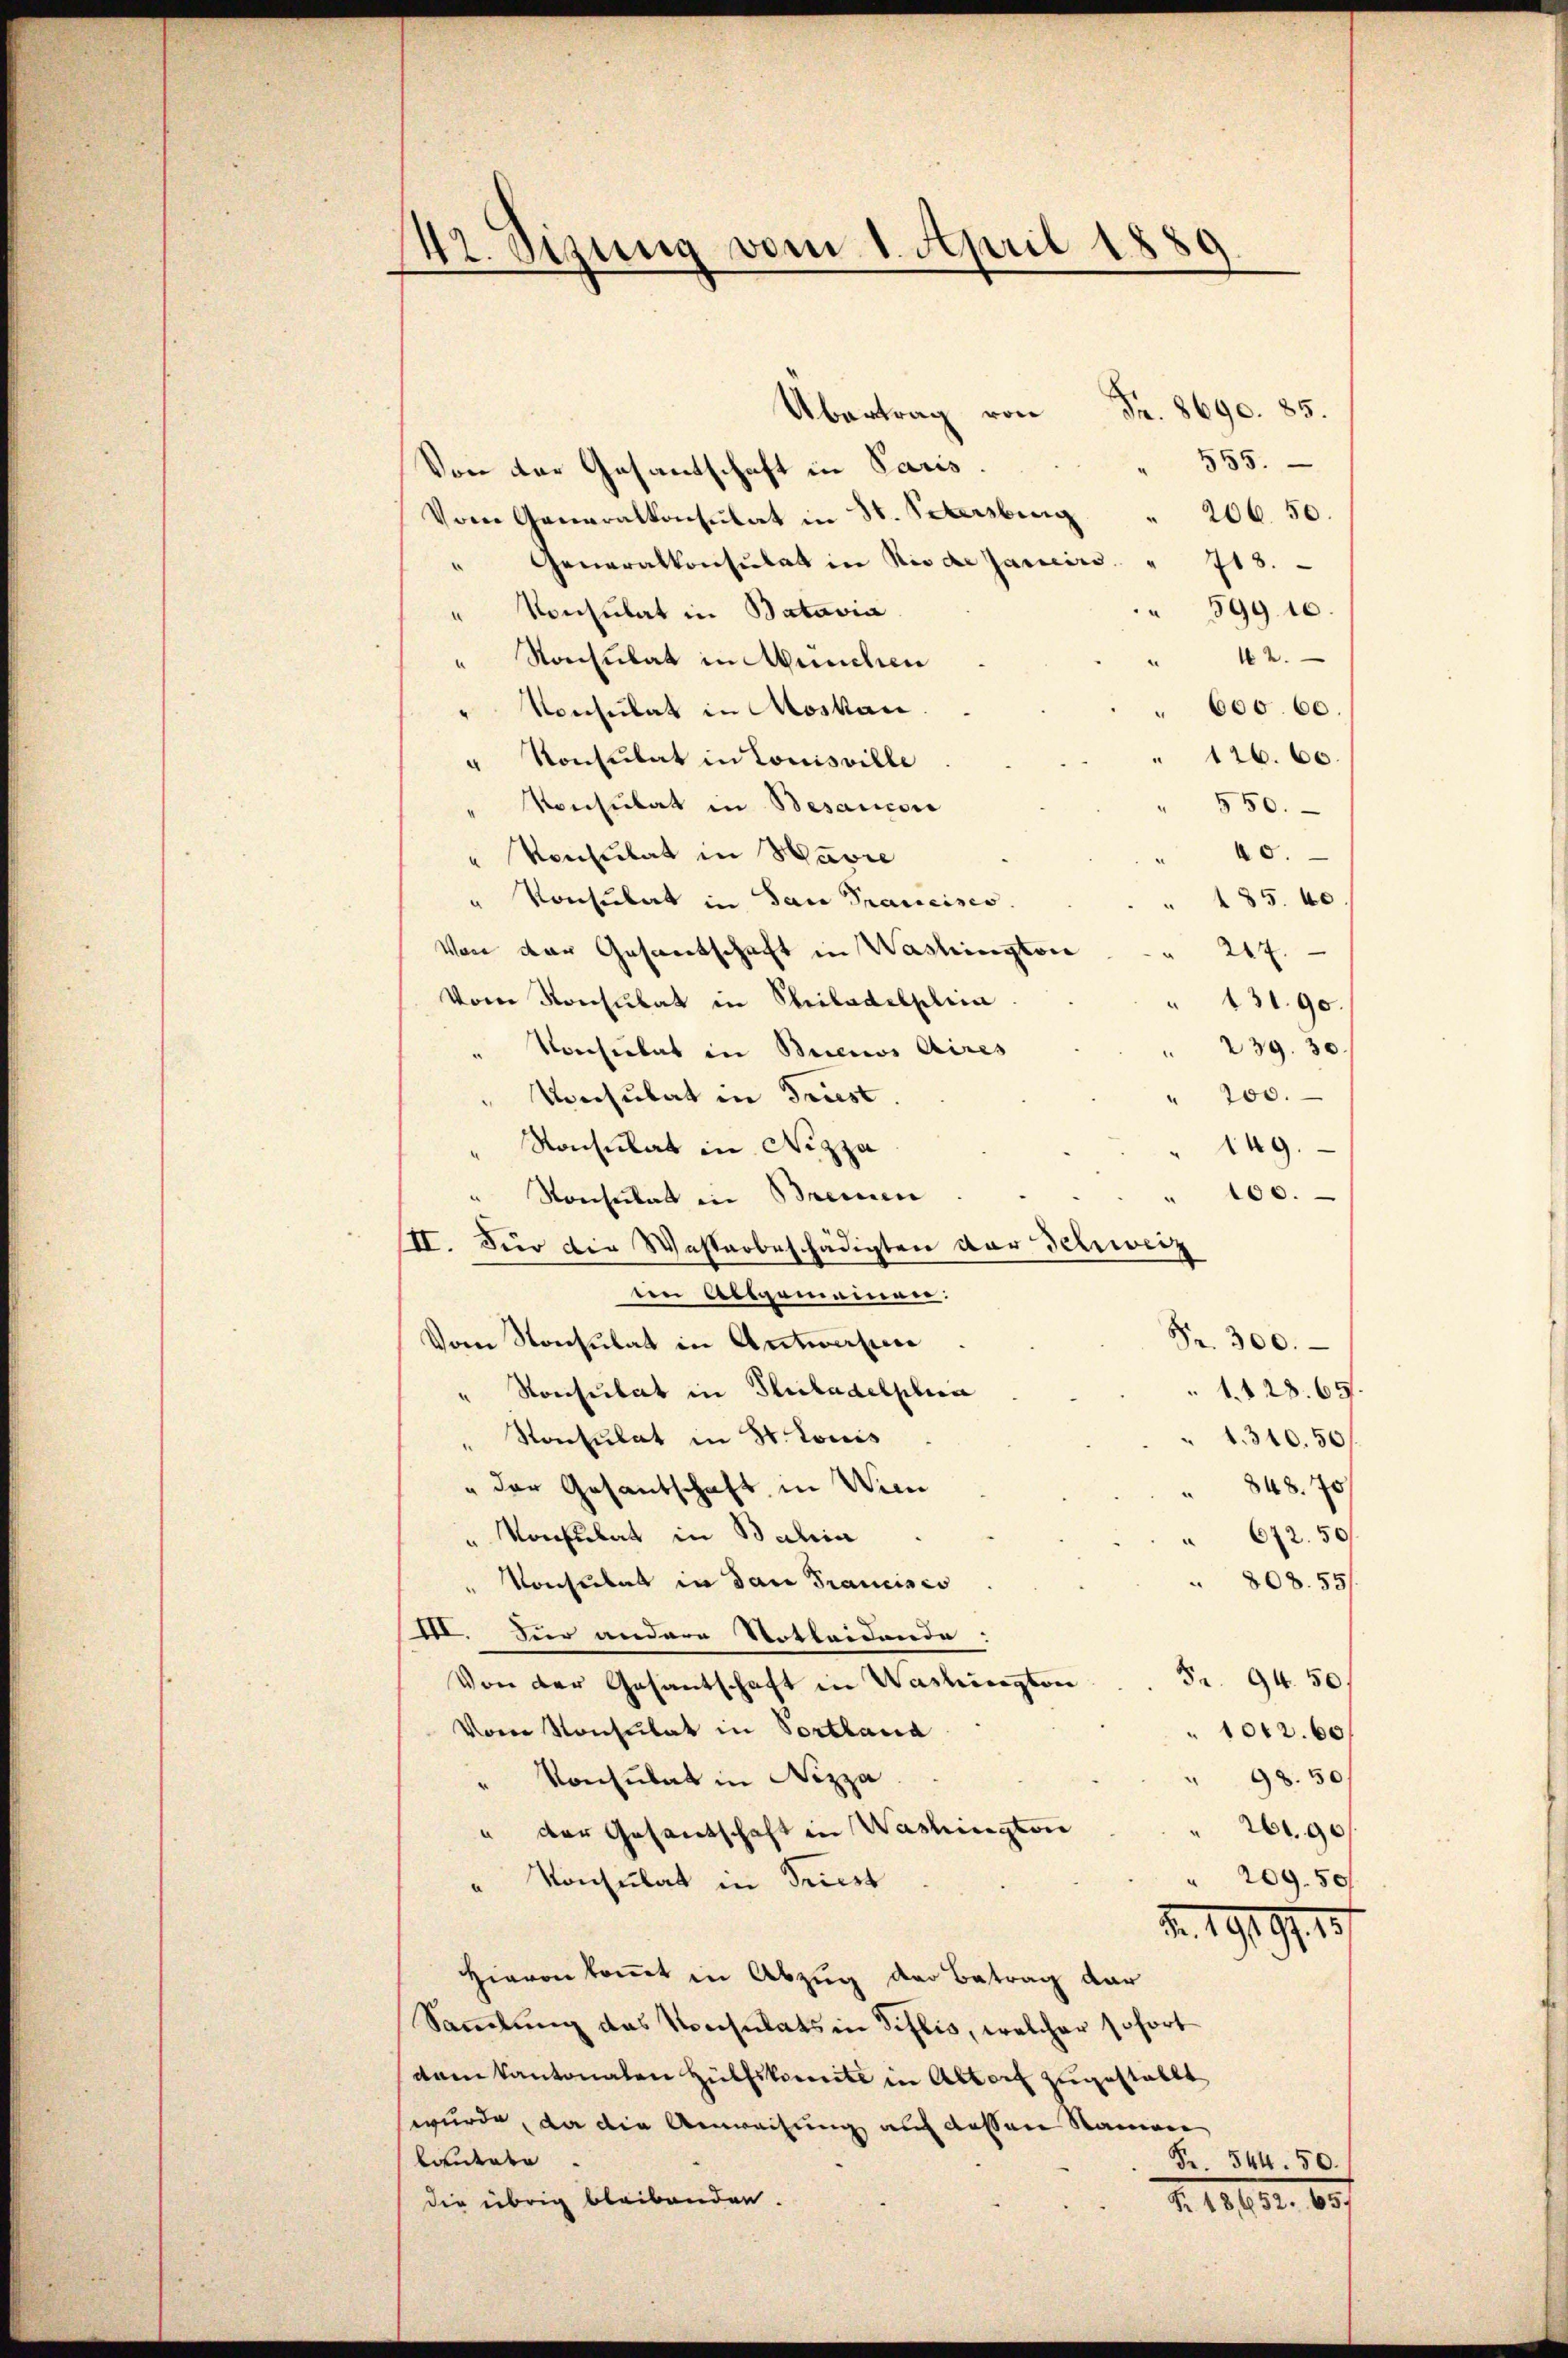
42. Sizung vom 1. April 1889

Übertrag von Fr. 8690. 85.
555.
Von der Gesantschaft in Paris.
20650.
Vom Generalkonsulat in St. Petersburg
" Generalkonsulat in Niede Janeiro " 718.
599. 16.
" Konsulat in Batavia
" 162.
" Konsulat in München
" 600. 60.
" Konsulat in Moskau
1660
" Konsulat in Louisville
Konsulat in Besaucon
550.
40.
Vonsulat in Havre
485. be
" Konsulat in dan Prancisco
Von der Gesandschaft in Washington " 247.
Vom Konsulat in Philadelplica
" 431. 90
" 239. 30.
Voesiebat in Buenos Aires
200.
Vonsulat in Triest.
Konsulat in Nizza
ag.
100.
Konsulat in Bremen
II. Für die Wasterbeschädigten der Sehweiz
den Absomanen:
Fr. 300.
Vom Konsulat in Antworfen
Konsulat in Glictadelphia
 1. 28. 65.
" Konsulat in St. Louis
1. 310.50
" der Gesantschaft in Wien
348. 70
" Konsulat in Bahia
672. 50
" Konsulat in der Francisco
808. 55/
III. Für andere Notleidende.
Fr. 94. 50,
Von der Gesantschaft in Washington
Vom Konsulat in Portlaud
1012. 60,
98. 50
" Konsulat in Nizza
 261, 90
" der Gesandschaft in Washington
 209. 50
" Konsulat in Priest
Z. 1919, 15
Hievon kommt in Abzug der Betrag dar
Sammlung das Konsulats in Tillis, welcher sofort
dam Kantonalen Hülfskomite in Altorf zugestallt
wurde, da die Anwachung auf dessen Namen
laidente
Fr. 544. 50.
die übrig bleibenden.
M. 1813. 65.